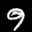
Label: 9